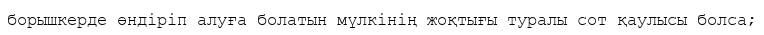
борышкерде өндіріп алуға болатын мүлкінің жоқтығы туралы сот қаулысы болса;